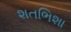
શતભિશા